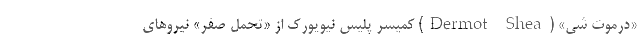
«درموت شی» (Dermot Shea) کمیسر پلیس نیویورک از «تحمل صفر» نیروهای